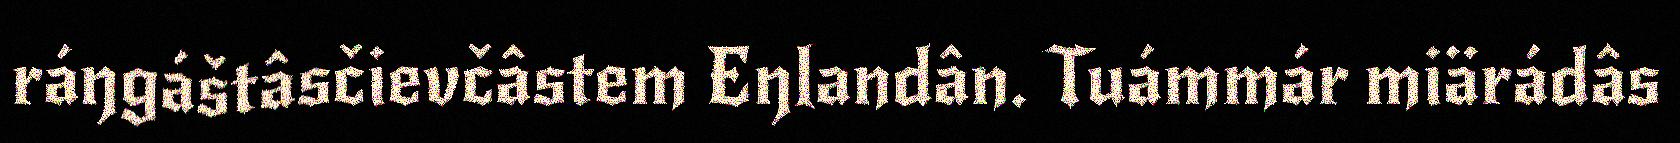
ráŋgáštâsčievčâstem Eŋlandân. Tuámmár miärádâs